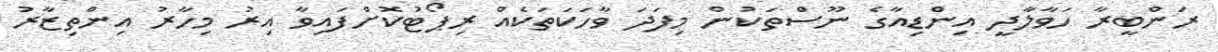
ރަންބީރާ ހަވާލާދީ އިންޑިއާގެ ނޫސްތަކުން މިފަދަ ވާހަކަތަކެއް ރިޕޯޓުކޮށްފައިވާ އިރު މިހާރު އިންތިޒާރު